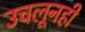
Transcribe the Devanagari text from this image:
उचलूनही